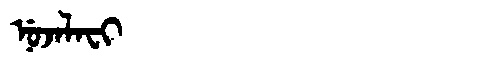
Manchu: ᠨᡠᠵᠠᠯᠠᠸᡳ
Romanization: NUJALAFI